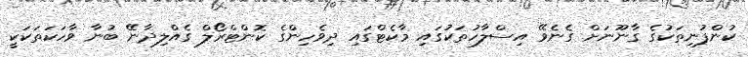
ކުންފުނިތަކުގެ ގާނޫނަށް ގެނެވޭ އިސްލާހުތަކުގައި މާކެޓްގައި ދިވެހިންގެ ކޮންޓްރޯލް ގެއްލިދާނޭ ބުނާ ވާހަކަތަކަކީ